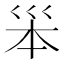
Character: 𡿶